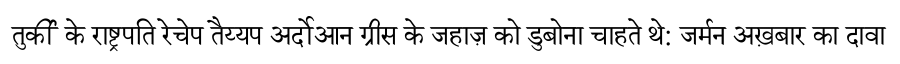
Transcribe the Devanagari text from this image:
तुर्की के राष्ट्रपति रेचेप तैय्यप अर्दोआन ग्रीस के जहाज़ को डुबोना चाहते थे: जर्मन अख़बार का दावा